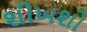
શીખશો